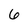
Character: 6